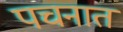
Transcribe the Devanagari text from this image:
पचनात